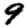
Digit: 9